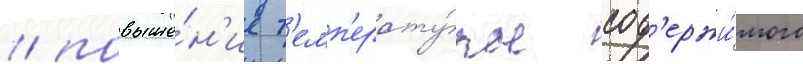
/ повыше́н'ие т'емп'ерату́ры сод'ержи́мого